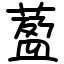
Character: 萾